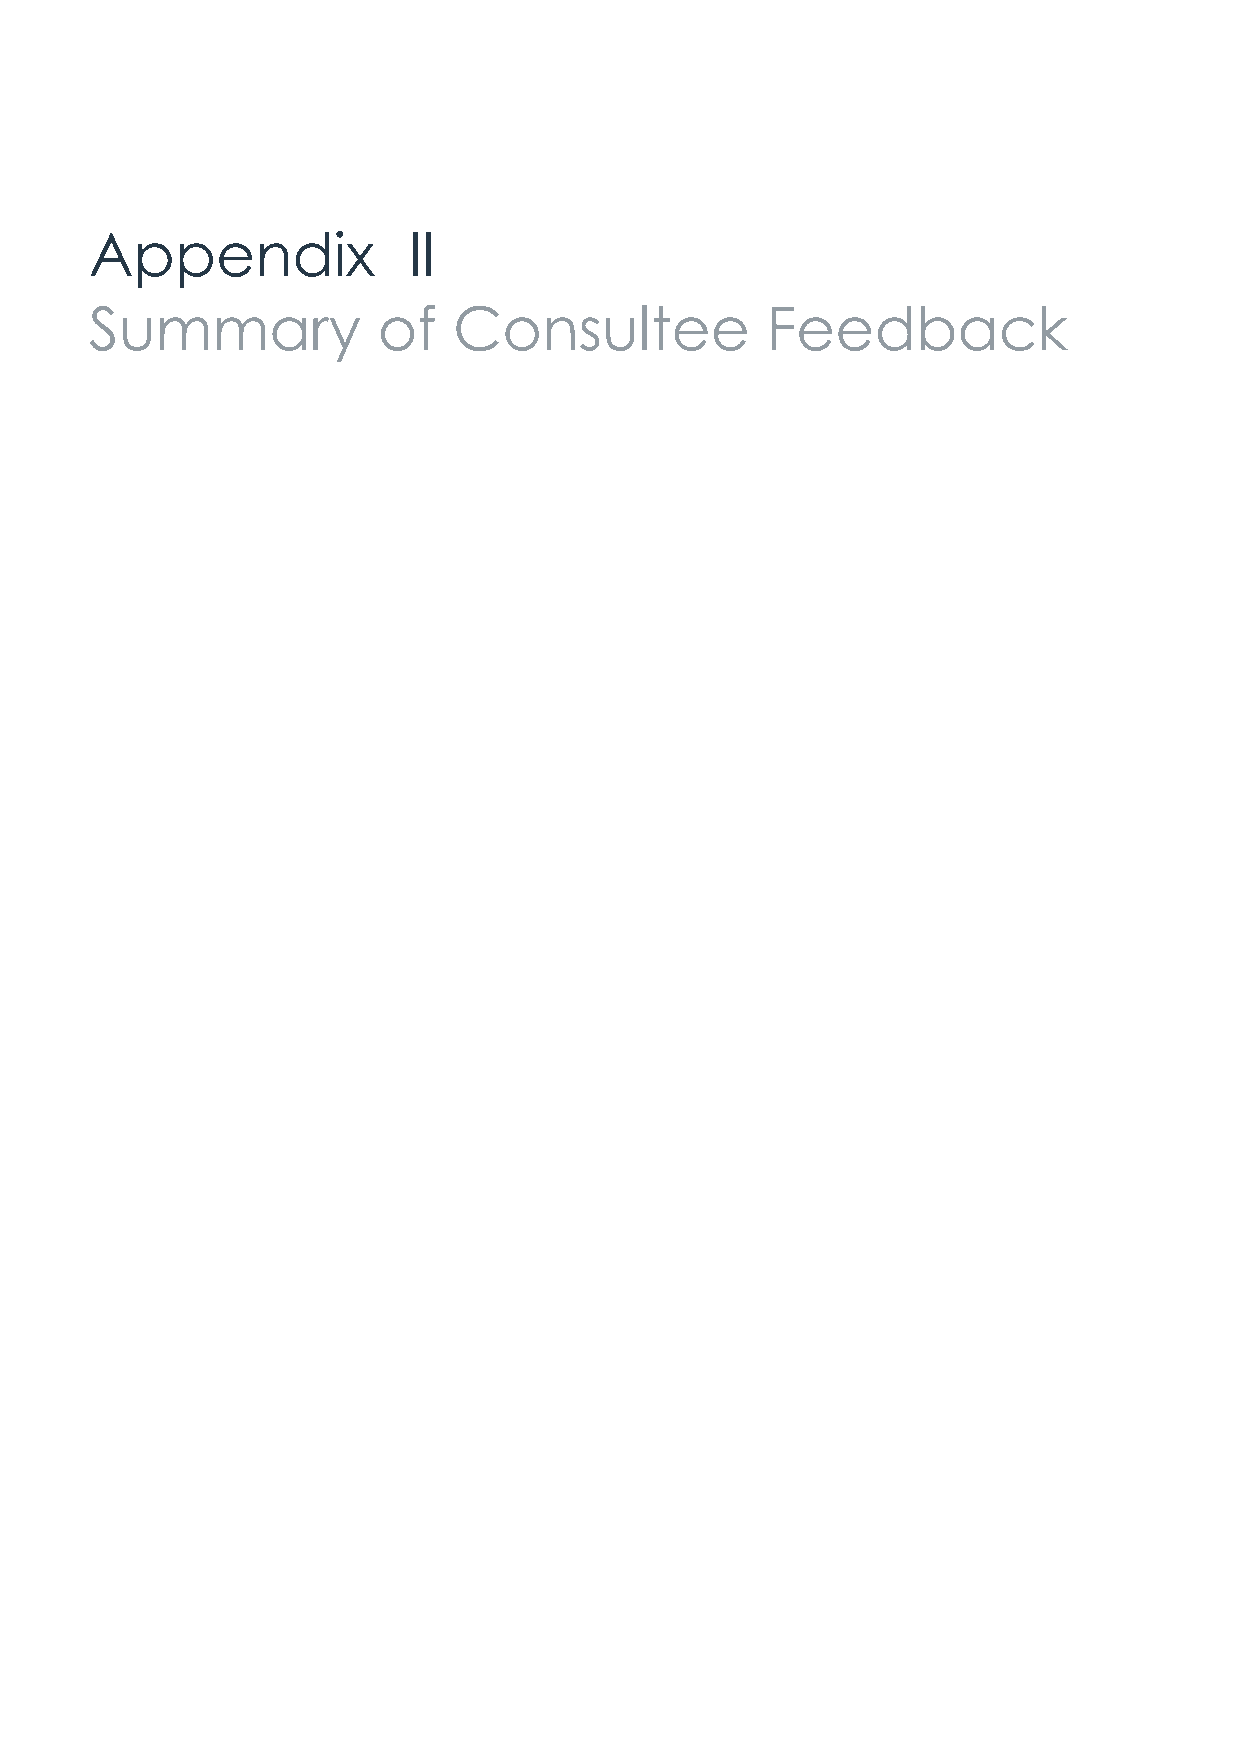
Appendix             II
 Summary            of   Consultee            Feedback